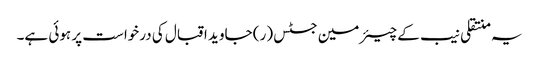
یہ منتقلی نیب کے چیئرمین جسٹس (ر) جاوید اقبال کی درخواست پر ہوئی ہے۔